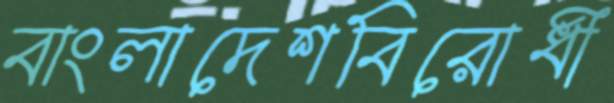
বাংলাদেশবিরোধী